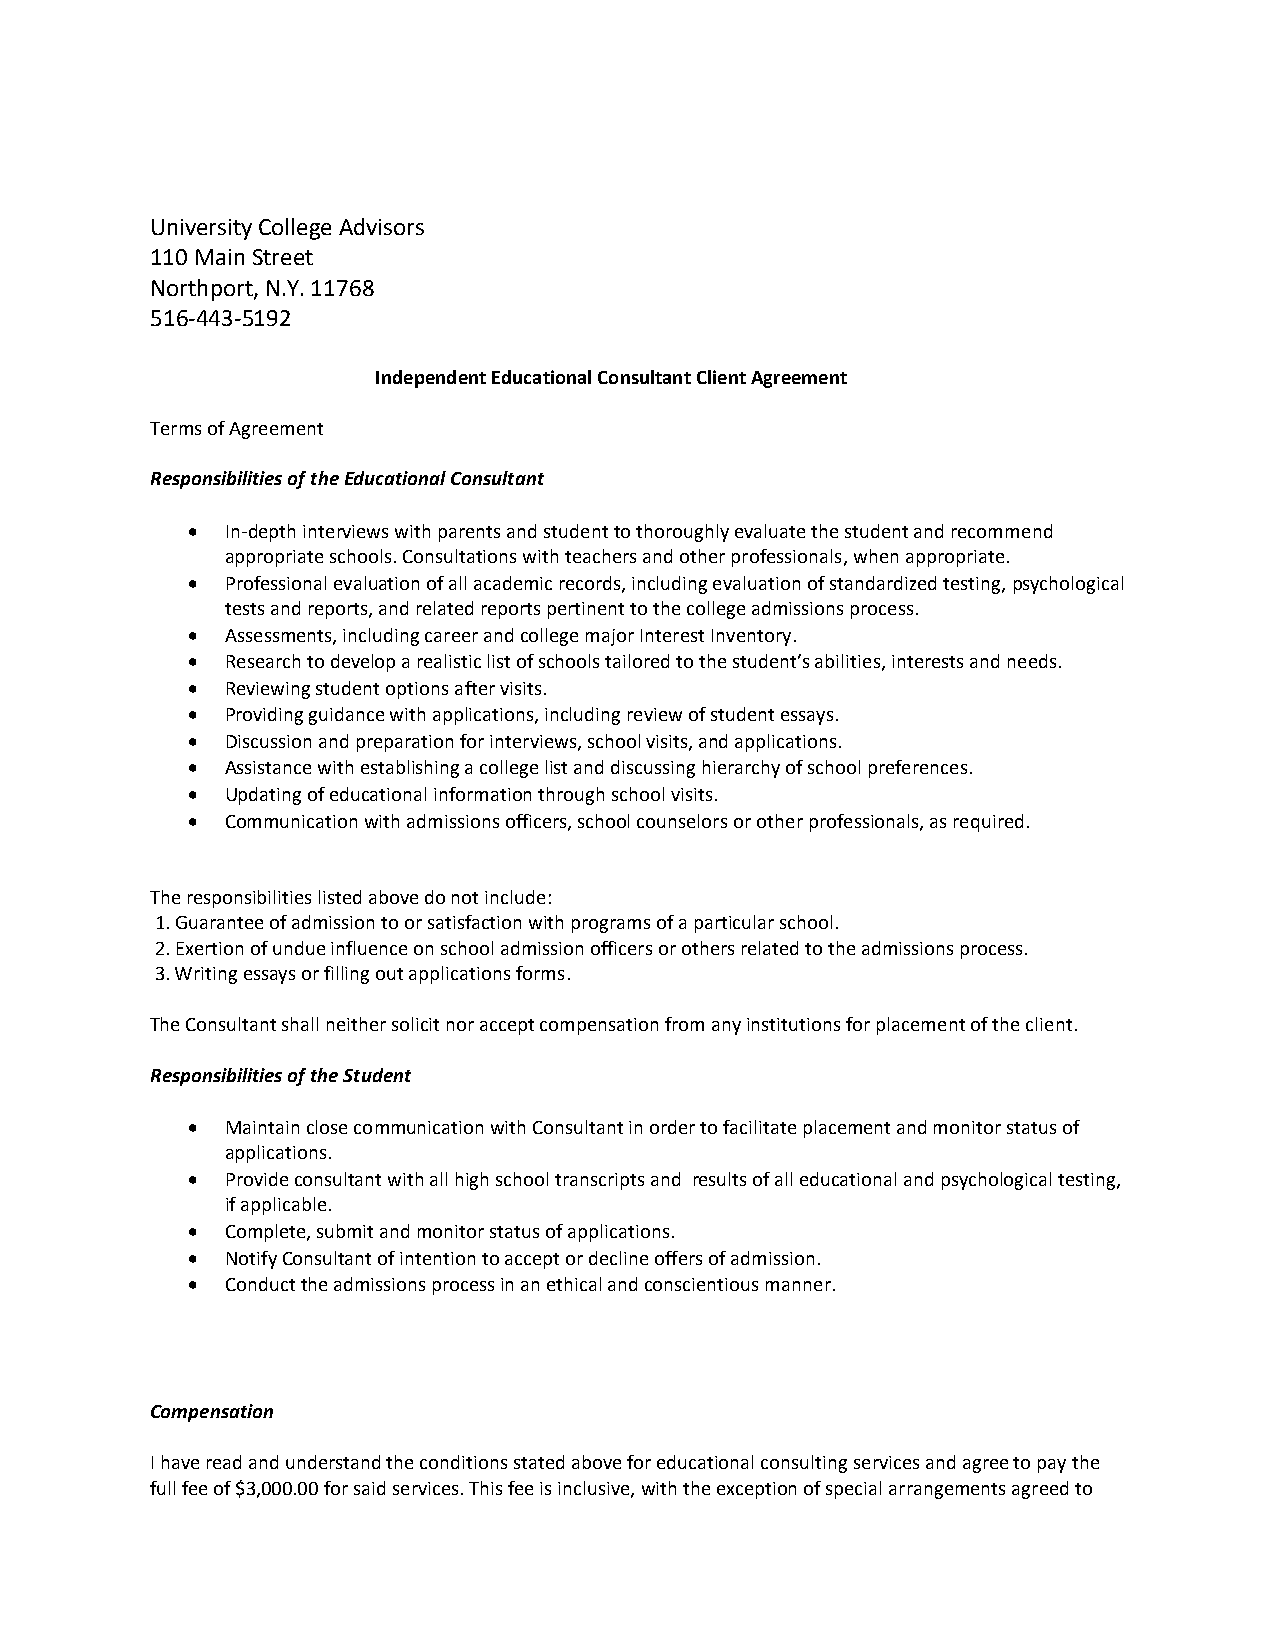
University College Advisors
 110 Main Street
 Northport, N.Y. 11768
 516-443-5192
 Independent Educational Consultant Client Agreement
 Terms of Agreement
 Responsibilities of the Educational Consultant
   In-depth interviews with parents and student to thoroughly evaluate the student and recommend
 appropriate schools. Consultations with teachers and other professionals, when appropriate.
   Professional evaluation of all academic records, including evaluation of standardized testing, psychological
 tests and reports, and related reports pertinent to the college admissions process.
   Assessments, including career and college major Interest Inventory.
   Research to develop a realistic list of schools tailored to the student’s abilities, interests and needs.
   Reviewing student options after visits.
   Providing guidance with applications, including review of student essays.
   Discussion and preparation for interviews, school visits, and applications.
   Assistance with establishing a college list and discussing hierarchy of school preferences.
   Updating of educational information through school visits.
   Communication with admissions officers, school counselors or other professionals, as required.
 The responsibilities listed above do not include:
 1. Guarantee of admission to or satisfaction with programs of a particular school.
 2. Exertion of undue influence on school admission officers or others related to the admissions process.
 3. Writing essays or filling out applications forms.
 The Consultant shall neither solicit nor accept compensation from any institutions for placement of the client.
 Responsibilities of the Student
   Maintain close communication with Consultant in order to facilitate placement and monitor status of
 applications.
   Provide consultant with all high school transcripts and results of all educational and psychological testing,
 if applicable.
   Complete, submit and monitor status of applications.
   Notify Consultant of intention to accept or decline offers of admission.
   Conduct the admissions process in an ethical and conscientious manner.
 Compensation
 I have read and understand the conditions stated above for educational consulting services and agree to pay the
 full fee of $3,000.00 for said services. This fee is inclusive, with the exception of special arrangements agreed to